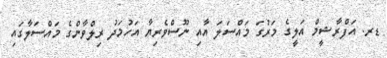
ޑރ. އަފްރާޝީމް އަލީގެ މަރުގަ މައްސަލަ އާއި ނޫސްވެރިޔާ އަހުމަދު ރިލްވާންގެ މައްސަލާގައި